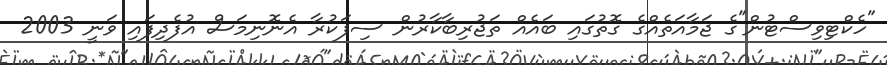
"ހެކްޓިވިސްޓުން"ގެ ޖަމާއަތެއްގެ ގޮތުގައި ބައެއް ތަޖުރިބާކާރުން ސިފަކުރާ އެނޮނިމަސް އުފެދިފައި ވަނީ 2003